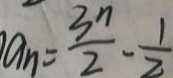
a _ { n } = \frac { 3 n } { 2 } - \frac { 1 } { 2 }